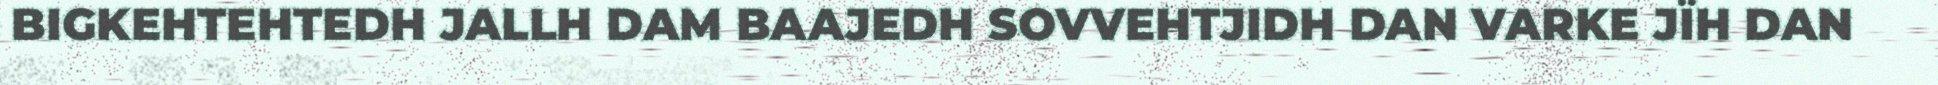
BIGKEHTEHTEDH JALLH DAM BAAJEDH SOVVEHTJIDH DAN VARKE JÏH DAN